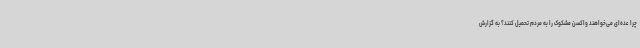
چرا عده‌ای می‌خواهند واکسن مشکوک را به مردم تحمیل کنند؟ به گزارش